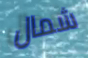
شمال